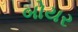
બોયર